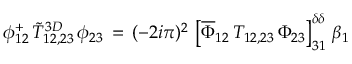
\phi _ { 1 2 } ^ { + } \, \widetilde T _ { 1 2 , 2 3 } ^ { 3 D } \, \phi _ { 2 3 } \, = \, ( - 2 i \pi ) ^ { 2 } \, \left[ \overline { { \Phi } } _ { 1 2 } \, T _ { 1 2 , 2 3 } \, \Phi _ { 2 3 } \right] _ { 3 1 } ^ { \delta \delta } \, \beta _ { 1 }